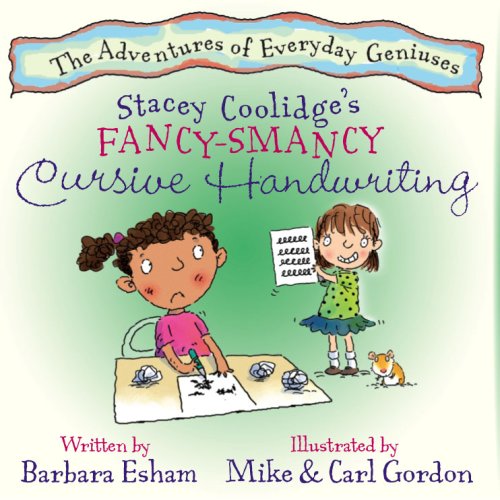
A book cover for Stacey Coolidge's Fancy-Smancy Cursive Handwriting (Highlights Character's Handwriting Difficulty and Creative Writing Strength) (The Adventures of Everyday Geniuses); Barbara Esham; Health, Fitness & Dieting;